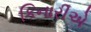
કિનારીએ